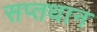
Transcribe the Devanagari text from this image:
सप्तधान